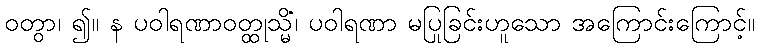
ဝတွာ၊ ၍။ န ပဝါရဏာဝတ္ထုသ္မိံ၊ ပဝါရဏာ မပြုခြင်းဟူသော အကြောင်းကြောင့်။